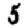
Digit: 5